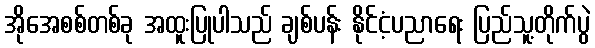
အိုအေစစ်တစ်ခု အထူးပြုပါသည် ချစ်ပန်း နိုင်ငံ့ပညာရေး ပြည်သူ့တိုက်ပွဲ